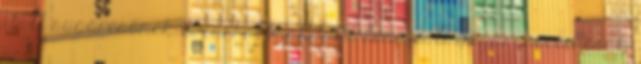
1.5. A sugárcsõnek elzárhatónak kell lennie. A sugárcsövön csak